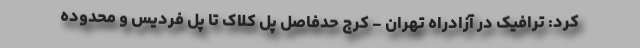
کرد: ترافیک در آزادراه تهران - کرج حدفاصل پل کلاک تا پل فردیس و محدوده